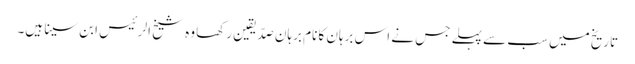
تاریخ میں سب سے پہلے جس نے اس برہان کا نام برہانِ صدّیقین رکھا وہ شیخ الرئیس ابن سینا ہیں۔